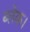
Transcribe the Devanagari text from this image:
ब्लेक।